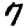
Digit: 7